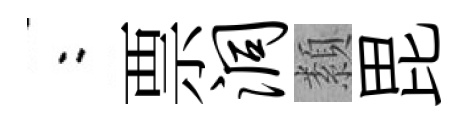
欸票洞纇毘